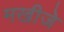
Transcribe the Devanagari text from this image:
मखीजे